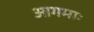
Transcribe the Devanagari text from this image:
आगमाः